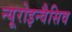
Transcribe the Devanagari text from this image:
न्यूरोइन्वैसिव